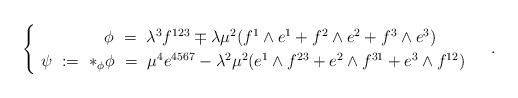
LaTeX: \begin{align*}\begin{cases}\qquad\quad\:\ \ \ \phi\ =\ \lambda^3f^{123}\mp\lambda\mu^2(f^1\wedge e^1+f^2\wedge e^2+f^3\wedge e^3)\\\ \psi\ :=\ *_\phi\phi\ =\ \mu^4e^{4567}-\lambda^2\mu^2(e^1\wedge f^{23}+e^2\wedge f^{31}+e^3\wedge f^{12})\end{cases}\ .\end{align*}